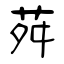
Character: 荈